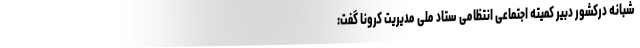
شبانه درکشور دبیر کمیته اجتماعی انتظامی ستاد ملی مدیریت کرونا گفت: